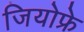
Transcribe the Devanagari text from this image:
जियोफ्रे